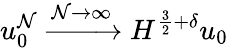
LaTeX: u_{0}^{\mathcal{N}}\xrightarrow{{\mathcal{N}\rightarrow\infty}}{{H^{\frac{{3}}{{2}}+\delta}}}u_{0}